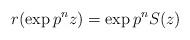
LaTeX: \begin{align*}r(\exp p^nz)= \exp p^nS(z)\end{align*}